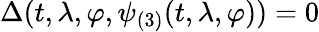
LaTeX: \Delta(t,\lambda,\varphi,\psi_{(3)}(t,\lambda,\varphi))=0